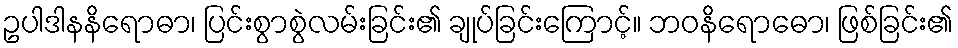
ဥပါဒါနနိရောဓာ၊ ပြင်းစွာစွဲလမ်းခြင်း၏ ချုပ်ခြင်းကြောင့်။ ဘဝနိရောဓော၊ ဖြစ်ခြင်း၏